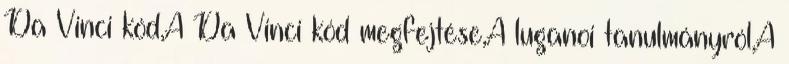
Da Vinci kód,A Da Vinci kód megfejtése,A luganoi tanulmányról,A